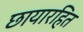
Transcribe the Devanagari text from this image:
छायारहित